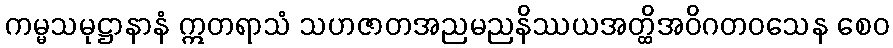
ကမ္မသမုဋ္ဌာနာနံ ဣတရာသံ သဟဇာတအညမညနိဿယအတ္ထိအဝိဂတဝသေန စေဝ